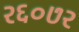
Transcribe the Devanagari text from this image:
२६०७२